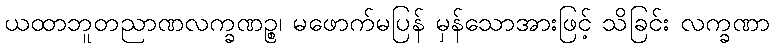
ယထာဘူတညာဏလက္ခဏဉ္စ၊ မဖောက်မပြန် မှန်သောအားဖြင့် သိခြင်း လက္ခဏာ